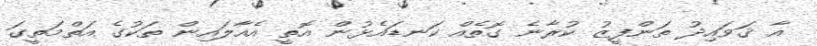
އާ ޤަވައިދު ތަންފީޒު ކުރާނެ ގޮތެއް ކަނޑައެޅުން އޮތީ އެއާލައިން ތަކުގެ އަތްމަތީގަ